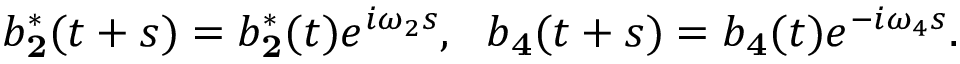
b _ { \mathbf 2 } ^ { * } ( t + s ) = b _ { \mathbf 2 } ^ { * } ( t ) e ^ { i \omega _ { 2 } s } , \ \ b _ { \mathbf 4 } ( t + s ) = b _ { \mathbf 4 } ( t ) e ^ { - i \omega _ { 4 } s } .